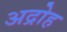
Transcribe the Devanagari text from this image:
अद्रोह